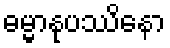
ဓမ္မာနုပဿိနော